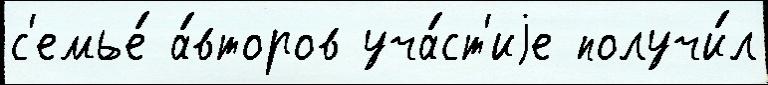
с'емье́ а́второв уча́ст'иjе получи́л